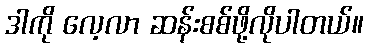
ဒါကို လေ့လာ ဆန်းစစ်ဖို့လိုပါတယ်။